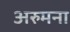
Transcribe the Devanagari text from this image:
अरुमना